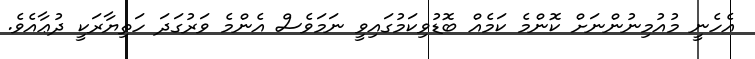
އެހެނީ މުއުމިނުންނަށް ކޮންމެ ކަމެއް ބޮޑުވިކަމުގައިވީ ނަމަވެސް އެންމެ ވަރުގަދަ ހަތިޔާރަކީ ދުޢާއެވެ.